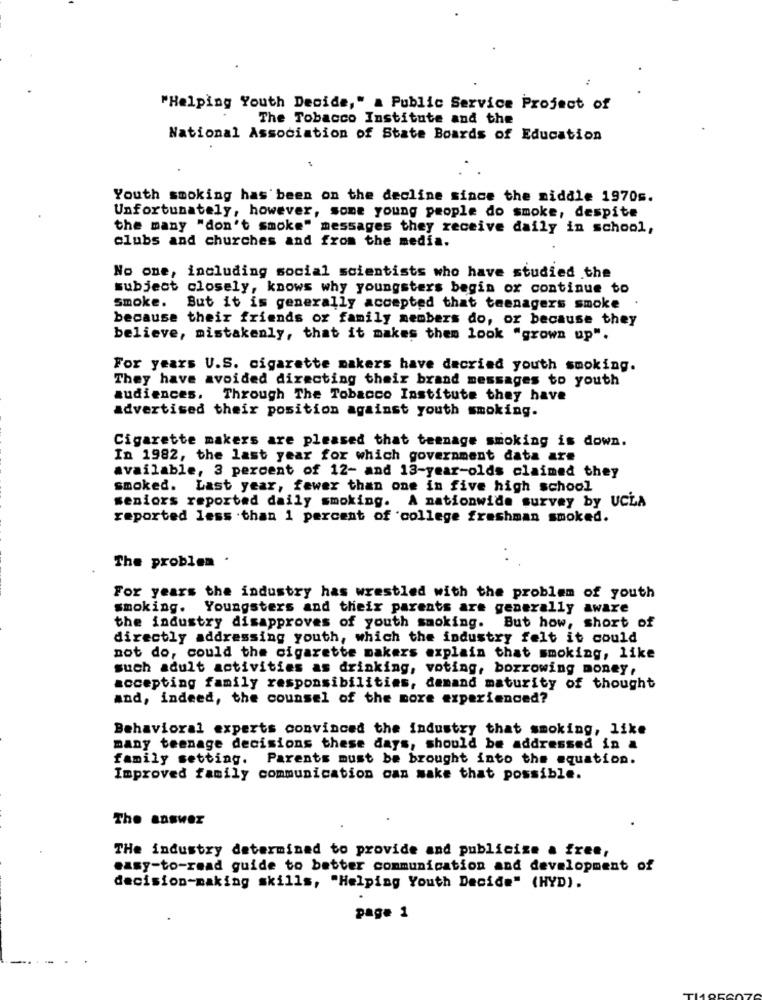
"Helping Youth Decide," a Public Service Project of
The Tobacco Institute and the
National Association of State Boards of Education
Youth smoking has been on the decline since the middle 1970s.
Unfortunately, however, some young people do smoke, despite
the many "don't smoke" messages they receive daily in school,
clubs and churches and from the media.
No one, including social scientists who have studied the
subject closely, knows why youngsters begin or continue to
smoke.
But it is generally accepted that teenagers smoke
because their friends or family members do, or because they
believe, mistakenly, that it makes them look "grown up".
For years U.S. cigarette makers have decried youth smoking.
They have avoided directing their brand messages to youth
audiences. Through The Tobacco Institute they have
advertised their position against youth smoking.
Cigarette makers are pleased that teenage smoking is down.
In 1982, the last year for which government data are
available, 3 percent of 12- and 13-year-olds claimed they
smoked. Last year, fewer than one in five high school
seniors reported daily smoking. A nationwide survey by UCLA
reported less than 1 percent of college freshman smoked.
The problem .
For years the industry has wrestled with the problem of youth
smoking. Youngsters and their parents are generally aware
the industry disapproves of youth smoking. But how, short of
directly addressing youth, which the industry felt it could
not do, could the cigarette makers explain that smoking, like
such adult activities as drinking, voting, borrowing money,
accepting family responsibilities, demand maturity of thought
and, indeed, the counsel of the more experienced?
Behavioral experts convinced the industry that smoking, like
many teenage decisions these days, should be addressed in a
family setting.
Parents must be brought into the equation.
Improved family communication can make that possible.
The answer
THE industry determined to provide and publicize a free,
easy-to-read guide to better communication and development of
decision-making skills, "Helping Youth Decide" (HYD).
page 1